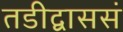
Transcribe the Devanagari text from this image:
तडीद्वाससं